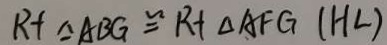
R t \Delta A B G \cong R t \Delta A F G ( H L )